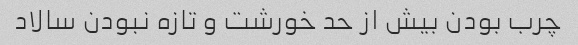
چرب بودن بیش از حد خورشت و تازه نبودن سالاد